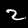
Label: 2